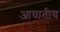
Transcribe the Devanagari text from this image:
आघातीय